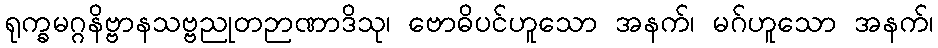
ရုက္ခမဂ္ဂနိဗ္ဗာနသဗ္ဗညုတဉာဏာဒိသု၊ ဗောဓိပင်ဟူသော အနက်၊ မဂ်ဟူသော အနက်၊